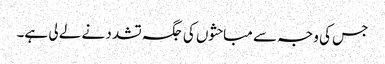
جس کی وجہ سے مباحثوں کی جگہ تشدد نے لے لی ہے۔